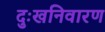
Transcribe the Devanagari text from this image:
दुःखनिवारण